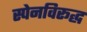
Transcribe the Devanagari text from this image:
स्पेनविरूद्ध